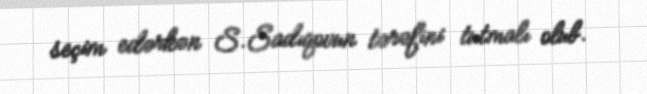
seçim edərkən S.Sadıqovun tərəfini tutmalı olub.